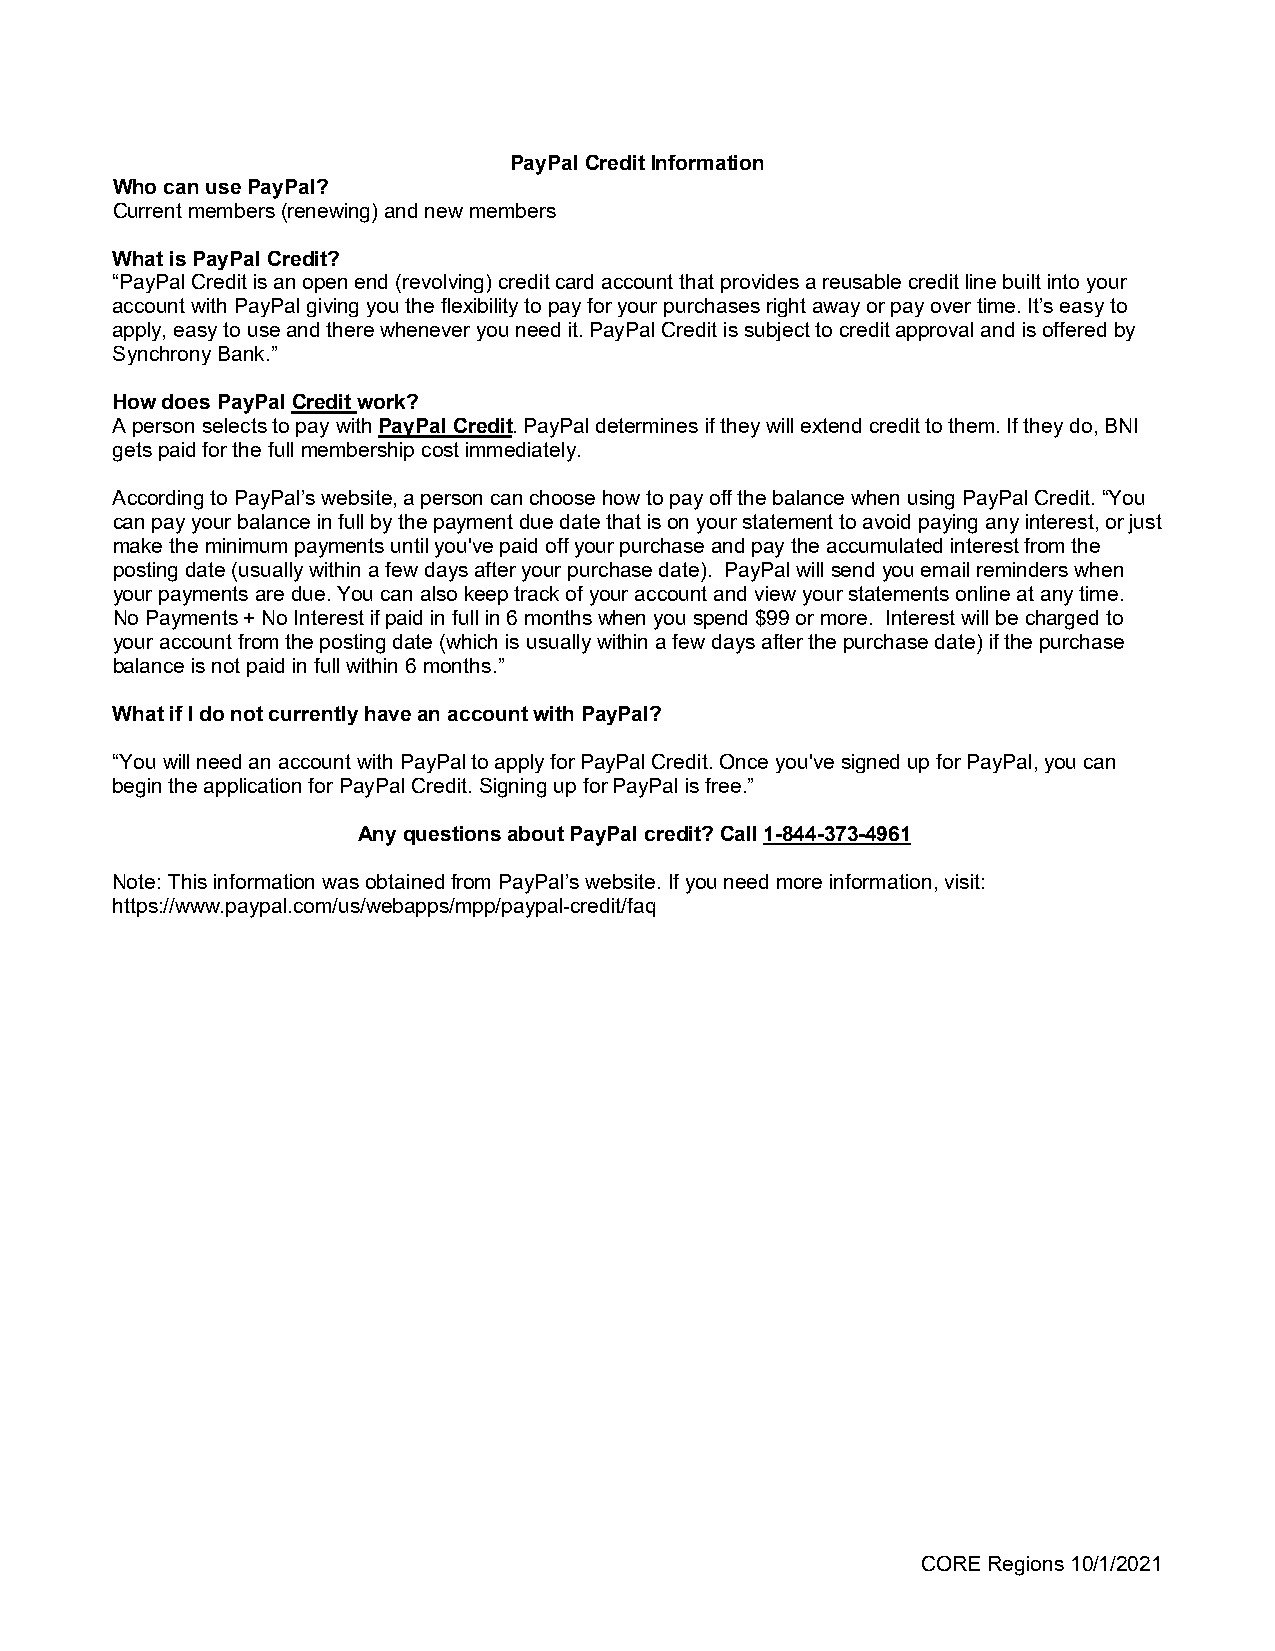
PayPal Credit Information
 Who can use PayPal?
 Current members (renewing) and new members
 What is PayPal Credit?
 “PayPal Credit is an open end (revolving) credit card account that provides a reusable credit line built into your
 account with PayPal giving you the flexibility to pay for your purchases right away or pay over time. It’s easy to
 apply, easy to use and there whenever you need it. PayPal Credit is subject to credit approval and is offered by
 Synchrony Bank.”
 How does PayPal Credit work?
 A person selects to pay with PayPal Credit. PayPal determines if they will extend credit to them. If they do, BNI
 gets paid for the full membership cost immediately.
 According to PayPal’s website, a person can choose how to pay off the balance when using PayPal Credit. “You
 can pay your balance in full by the payment due date that is on your statement to avoid paying any interest, or just
 make the minimum payments until you've paid off your purchase and pay the accumulated interest from the
 posting date (usually within a few days after your purchase date). PayPal will send you email reminders when
 your payments are due. You can also keep track of your account and view your statements online at any time.
 No Payments + No Interest if paid in full in 6 months when you spend $99 or more. Interest will be charged to
 your account from the posting date (which is usually within a few days after the purchase date) if the purchase
 balance is not paid in full within 6 months.”
 What if I do not currently have an account with PayPal?
 “You will need an account with PayPal to apply for PayPal Credit. Once you've signed up for PayPal, you can
 begin the application for PayPal Credit. Signing up for PayPal is free.”
 Any questions about PayPal credit? Call 1-844-373-4961
 Note: This information was obtained from PayPal’s website. If you need more information, visit:
 https://www.paypal.com/us/webapps/mpp/paypal-credit/faq
 CORE Regions 10/1/2021